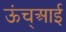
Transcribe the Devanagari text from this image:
ऊंच्आई